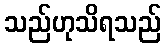
သည်ဟုသိရသည်